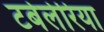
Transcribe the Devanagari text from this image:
टर्बेलेरिया